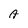
Character: A